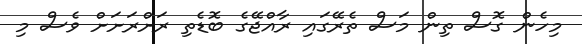
މިހެން ގޮސް ތިން މަސް ތެރޭގައި ރާއްޖޭގެ ބޮޑެތި ރަށްރަށަށް ވެސް މި